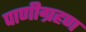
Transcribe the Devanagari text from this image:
पाणीग्रहण